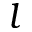
l